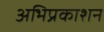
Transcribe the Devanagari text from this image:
अभिप्रकाशन